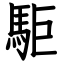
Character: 駏